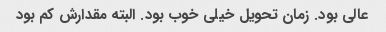
عالی بود. زمان تحویل خیلی خوب بود. البته مقدارش کم بود